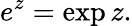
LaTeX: e^{z}=\exp z.